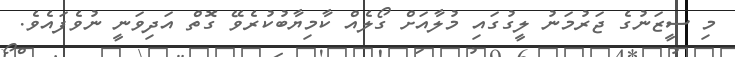
މި ސީޒަނުގެ ޖަރުމަނު ލީގުގައި މުލާއަށް ގޯލެއް ކާމިޔާބުކުރެވޭ ގޮތް އަދިވަނީ ނުވެފައެވެ.